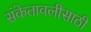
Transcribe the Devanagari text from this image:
संकेतावलीसाठी